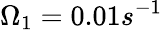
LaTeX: \Omega_{1}=0.01s^{-1}